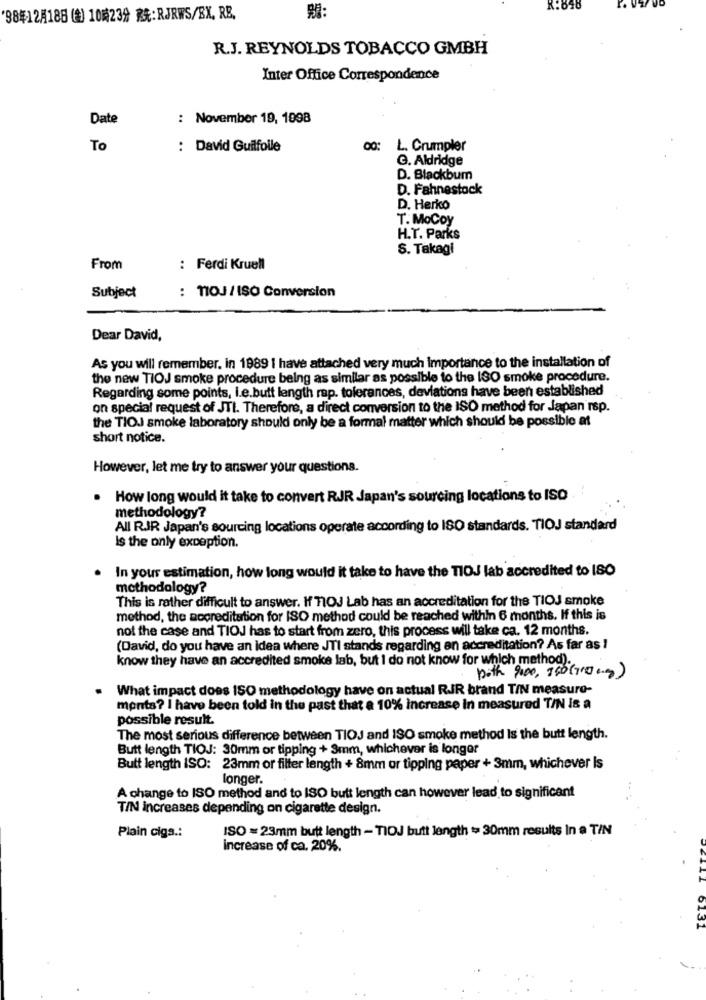
98年12月18日(金) 10時23分 就:RJRWS/BX, RE.
號:
R.J. REYNOLDS TOBACCO GMBH
Inter Office Correspondence
Date
: November 19, 1998
To
: David Guilfolle
00: L. Crumpler
G. Aldridge
D. Blackbum
D. Fahnestock
D. Herko
T. MoCoy
H.T. Parks
S. Takagi
From
: Ferdi Kruell
Subject
: TIOJ / ISO Conversion
Dear David,
As you will remember. in 1989 1 have attached very much importance to the installation of
the new TIOJ smoke procedure being as similar as possible to the 130 smoke procedure.
Regarding some points, I.e.butt length rap. tolerances, deviations have been established
on special request of JTI. Therefore, a direct conversion to the ISO method for Japan rsp.
the TIOJ smoke laboratory should only be a formal matter which should be possible at
short notice.
However, let me try to answer your questions.
How long would it take to convert RJR Japan's sourcing locations to ISO
methodology?
All RIR Japan's sourcing locations operate according to ISO standards. TIOJ standard
Is the only exception.
In your estimation, how long would it take to have the TIOJ lab accredited to ISO
methodology?
This is rather difficult to answer. If TOJ Lab has an accreditation for the TIOJ smoke
method, the accreditation for ISO method could be reached within 6 months. If this is
not the case and TIOJ has to start from zero, this process will take ca. 12 months.
(David, do you have an idea where JTI stands regarding an accreditation? As far as !
know they have an accredited smoke lab, but I do not know for which method).
both 9000, 700(710.g)
What impact does ISO methodology have on actual RJR brand TIN measure-
monts? I have been told in the past that a 10% increase In measured T/N Is a
possible result.
The most serious difference between TIOJ and ISO smoke method Is the butt length.
Butt length TIOJ: 30mm or tipping + 3mm, whichever is longer
Butt length ISO: 23mm or filter length + 8mm or tipping paper + 3mm, whichever Is
longer.
A change to ISO method and to ISO butt length can however lead to significant
TIN increases depending on cigarette design.
ISO =23mm butt length - TIOJ butt length >> 30mm results In a T/N
Plain ciga .:
increase of ca. 20%.